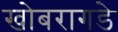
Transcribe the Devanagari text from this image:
खोबरागडे